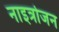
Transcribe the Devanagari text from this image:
नाइत्रोजन